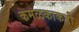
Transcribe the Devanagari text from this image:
कमळकाकडी